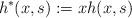
LaTeX: \begin{align*} h^*(x,s) := x h(x,s)\end{align*}